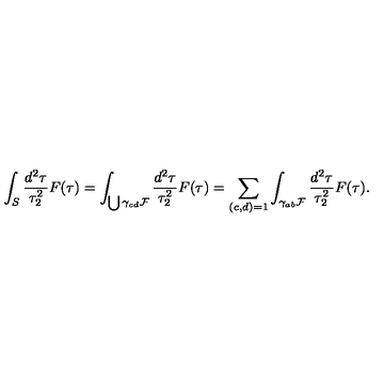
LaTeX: \int _ { S } \frac { d ^ { 2 } \tau } { \tau _ { 2 } ^ { 2 } } F ( \tau ) = \int _ { \bigcup \gamma _ { c d } { \cal F } } \frac { d ^ { 2 } \tau } { \tau _ { 2 } ^ { 2 } } F ( \tau ) = \sum _ { ( c , d ) = 1 } \int _ { \gamma _ { a b } { \cal F } } \frac { d ^ { 2 } \tau } { \tau _ { 2 } ^ { 2 } } F ( \tau ) .